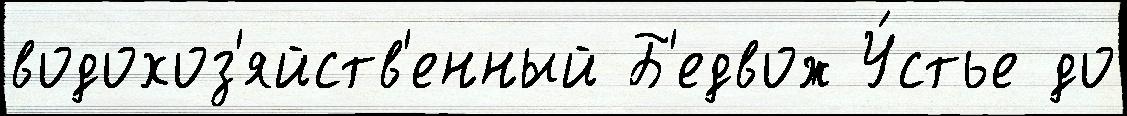
водохоз'яйств'енный Б'едвож У́стье до